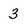
Character: 3